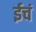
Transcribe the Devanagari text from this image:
ईचं